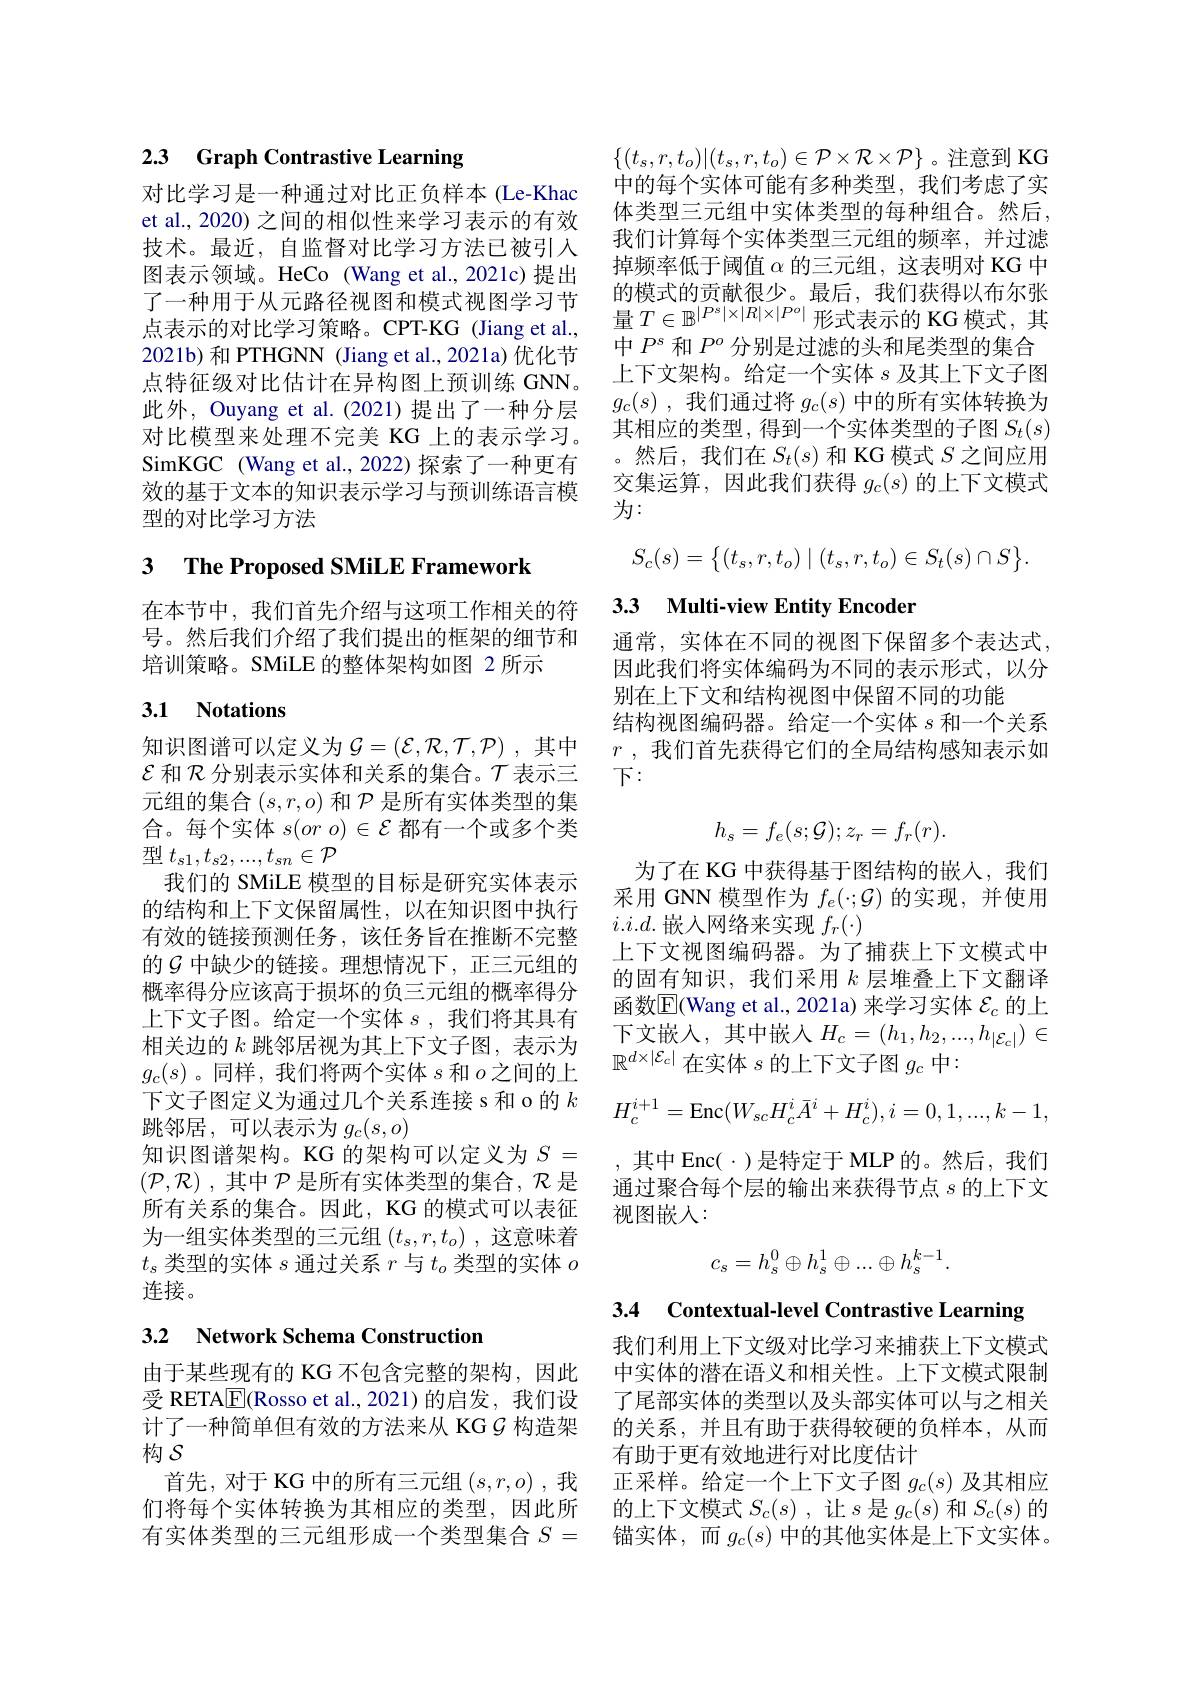
## 2.3 Graph Contrastive Learning

对比学习是一种通过对比正负样本(Le-Khac et al., 2020) 之间的相似性来学习表示的有效技术。最近，自监督对比学习方法已被引入图表示领域。HeCo (Wang et al.,2021c)提出了一种用于从元路径视图和模式视图学习节点表示的对比学习策略。CPT-KG (Jiang et al., 2021b) 和 PTHGNN (Jiang et al.,2021a) 优化节点特征级对比估计在异构图上预训练 GNN。此外，Ouyang et al.(2021)提出了一种分层SimKGC (Wang et al., 2022) 探索了一种更有效的基于文本的知识表示学习与预训练语言模型的对比学习方法

# 3 The Proposed SMiLE Framework

号。然后我们介绍了我们提出的框架的细节和 通常，实体在不同的视图下保留多个表达式
培训策略。SMiLE 的整体架构如图 2 所示

## 3.1 Notations

知识图谱可以定义为$\mathcal{G}=(\mathcal{E},\mathcal{R},\mathcal{T},\mathcal{P})$ ,其中$\mathcal{E}$和$\mathcal{R}$分别表示实体和关系的集合。$\mathcal{T}$表示三元组的集合$(s,r,o)$和$\mathcal{P}$是所有实体类型的集合。每个实体$s(oro)\in\mathcal{E}$都有一个或多个类型$t_s1,t_{s2},...,t_{sn}\in\mathcal{P}$
我们的 SMiLE 模型的目标是研究实体表示的结构和上下文保留属性，以在知识图中执行有效的链接预测任务，该任务旨在推断不完整的$\mathcal{G}$ 中缺少的链接。理想情况下，正三元组的概率得分应该高于损坏的负三元组的概率得分上下文子图。给定一个实体$s$ ,我们将其具有相关边的$k$跳邻居视为其上下文子图，表示为$g_c(s)$。同样，我们将两个实体$s$和$o$之间的上下文子图定义为通过几个关系连接 s 和 o 的$k$ 跳邻居，可以表示为$g_c(s,o)$
知识图谱架构。KG 的架构可以定义为$S=$
$(\mathcal{P},\mathcal{R})$ ,其中$\mathcal{P}$是所有实体类型的集合，$\mathcal{R}$是 通过聚合每个层的输出来获得节点$s$的上下文
所有关系的集合。因此，KG 的模式可以表征 视图嵌人：
为一组实体类型的三元组$(t_s,r,t_o)$ ,这意味着$t_s$类型的实体$s$通过关系$r$与$t_o$类型的实体$o$ 连接。

### 3.2 Network Schema Construction

构$S$

$\{(t_s,r,t_o)|(t_s,r,t_o)\in\mathcal{P}\times\mathcal{R}\times\mathcal{P}\}$。注意到 KG 中的每个实体可能有多种类型，我们考虑了实体类型三元组中实体类型的每种组合。然后， 我们计算每个实体类型三元组的频率，并过滤掉频率低于阈值$\alpha$的三元组，这表明对 KG 中的模式的贡献很少。最后，我们获得以布尔张量$T\in\mathbb{B}^{|P^s|\times|R|\times|P^o|}$形式表示的 KG 模式，其中$P^s$和$P^o$分别是过滤的头和尾类型的集合上下文架构。给定一个实体$s$及其上下文子图$g_c( s)$ ,我们通过将$g_c(s)$中的所有实体转换为
此 个 , cuyang cu. ar. ( 2021) je m 对 比 模 型 来 处 理 不 完 美 KG 上 的 表 示 学 习 。其 相 应 的 类 型 , 得 到 一 个 实 体 类 型 的 子 图 $S_t( s)$
。然后，我们在$S_t(s)$和 KG 模式$S$之间应用交集运算，因此我们获得$g_c(s)$的上下文模式为：
$$S_c(s)=\begin{Bmatrix}(t_s,r,t_o)\mid(t_s,r,t_o)\in S_t(s)\cap S\end{Bmatrix}.$$
# 在本节中，我们首先介绍与这项工作相关的符 3.3 Multi-view Entity Encoder

因此我们将实体编码为不同的表示形式，以分
别在上下文和结构视图中保留不同的功能
结构视图编码器。给定一个实体$s$和一个关系$r$ ,我们首先获得它们的全局结构感知表示如下：
$$h_s=f_e(s;\mathcal{G});z_r=f_r(r).$$
为了在 KG 中获得基于图结构的嵌入，我们采用 GNN 模型作为$f_e(\cdot;\mathcal{G})$的实现，并使用$i.i.d.$嵌入网络来实现$f_r(\cdot)$
上下文视图编码器。为了捕获上下文模式中的固有知识，我们采用$k$层堆叠上下文翻译函数$\overline{\mathrm{E}}$(Wang et al., 2021a) 来学习实体 $\mathcal{E}_c$ 的上下文嵌入，其中嵌入$H_c=(h_1,h_2,...,h_{|\mathcal{E}_c|})\in$ $\mathbb{R}^{d\times|\mathcal{E}_c|}$在实体$s$的上下文子图$g_c$中：
$$H_c^{i+1}=\text{Enc}(W_{sc}H_c^i\bar{A}^i+H_c^i),i=0,1,...,k-1,$$
,其中 Enc( ·)是特定于 MLP 的。然后，我们
$$c_s=h_s^0\oplus h_s^1\oplus...\oplus h_s^{k-1}.$$
3.4 Contextual-level Contrastive Learning

我们利用上下文级对比学习来捕获上下文模式
由于某些现有的 KG 不包含完整的架构，因此 中实体的潜在语义和相关性。上下文模式限制受 RETA$\boxed{\mathrm{E}}($Rosso et al., 2021) 的启发，我们设 了尾部实体的类型以及头部实体可以与之相关计了一种简单但有效的方法来从 KG$\mathcal{G}$构造架 的关系，并且有助于获得较硬的负样本，从而
有助于更有效地进行对比度估计
首先，对于 KG 中的所有三元组$(s,r,o)$ ,我 正采样。给定一个上下文子图$g_c(s)$及其相应们将每个实体转换为其相应的类型，因此所 的上下文模式$S_c(s)$ ,让$s$是$g_c(s)$和$S_c(s)$的有实体类型的三元组形成一个类型集合$S=$ 锚实体，而$g_c(s)$中的其他实体是上下文实体。